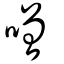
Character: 噌